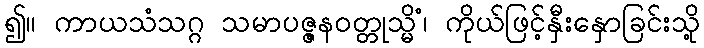
၍။ ကာယသံသဂ္ဂ သမာပဇ္ဇနဝတ္တုသ္မိံ၊ ကိုယ်ဖြင့်နှီးနှောခြင်းသို့